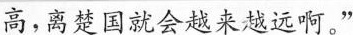
高，离楚国就会越来越远啊。”